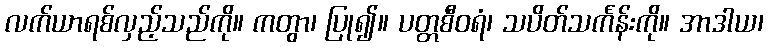
လက်ယာရစ်လှည့်သည်ကို။ ကတွာ၊ ပြု၍။ ပတ္တစီဝရံ၊ သပိတ်သင်္ကန်းကို။ အာဒါယ၊